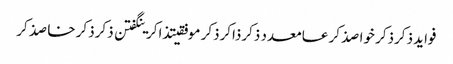
فواید ذکرذکر خواصذکر عامعدد ذکرذاکرذکر موفقیتذاکرینگفتن ذکرذکر خاصذکر